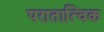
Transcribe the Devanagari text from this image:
परातात्विक